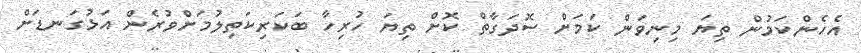
އެހެންކަމުން ތިޔަ މިނިވަން ކަމަށް ސޮދަގާތް ކޮށް ތިޔަ ހުރިހާ ބަކަރިކަތިލުމަށްވުރެން އަޅުގަނޑަށް